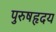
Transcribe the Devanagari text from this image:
पुरुषहृदय